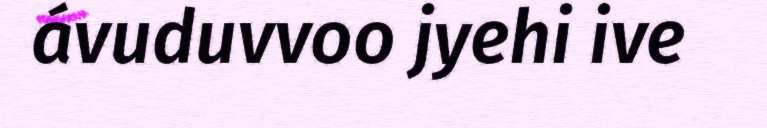
ávuduvvoo jyehi ive